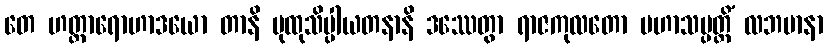
တေ ဟတ္ထာရောဟာဒယော တာနိ ပုထုသိပ္ပါယတနာနိ ဒဿေတွာ ရာဇကုလတော မဟာသမ္ပတ္တိံ လဘမာနာ